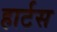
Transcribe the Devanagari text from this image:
हार्टस